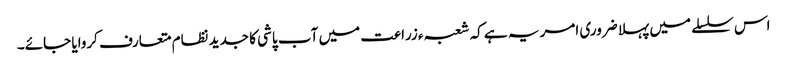
اس سلسلے میں پہلا ضروری امر یہ ہے کہ شعبہء زراعت میں آب پاشی کا جدید نظام متعارف کروایا جائے۔